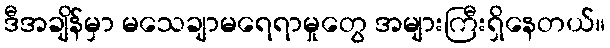
ဒီအချိန်မှာ မသေချာမရေရာမှုတွေ အများကြီးရှိနေတယ်။